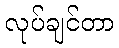
လုပ်ချင်တာ